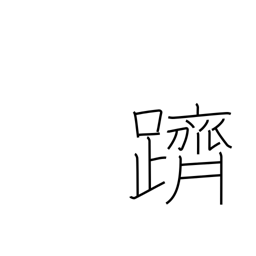
Meaning: climb